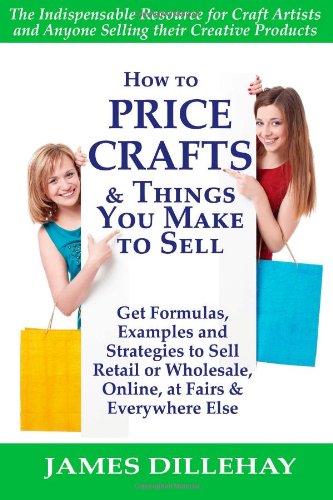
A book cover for How to Price Crafts and Things You Make to Sell; James Dillehay; Arts & Photography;